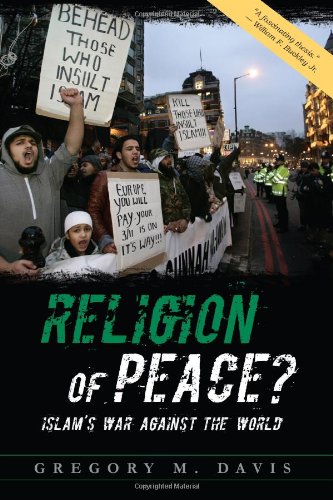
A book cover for Religion of Peace?: Islam's War Against the World; G. M. Davis; Religion & Spirituality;